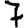
Digit: 7